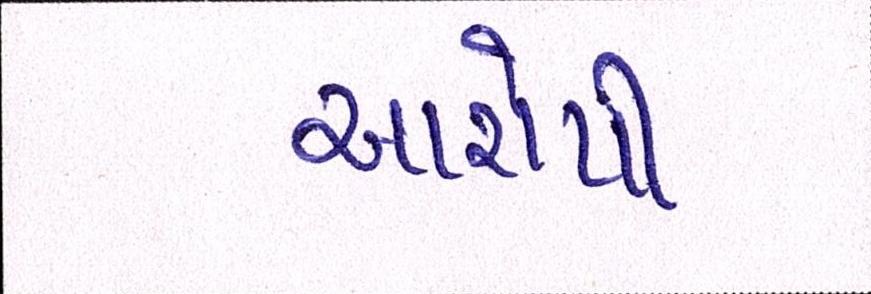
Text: આરોપી